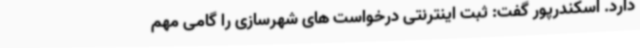
دارد. اسکندرپور گفت: ثبت اینترنتی درخواست های شهرسازی را گامی مهم